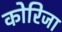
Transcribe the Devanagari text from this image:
कोरिजा